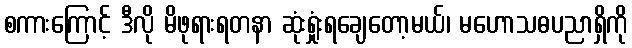
စကားကြောင့် ဒီလို မိဖုရားရတနာ ဆုံးရှုံးရချေတော့မယ်၊ မဟောသဓပညာရှိကို